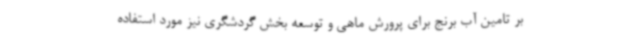
بر تامین آب برنج برای پرورش ماهی و توسعه بخش گردشگری نیز مورد استفاده